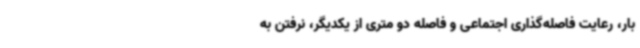
بار، رعایت فاصله‌گذاری اجتماعی و فاصله دو متری از یکدیگر، نرفتن به